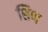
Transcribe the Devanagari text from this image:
शिण